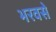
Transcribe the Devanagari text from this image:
भरवसे